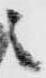
之